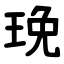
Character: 㻊